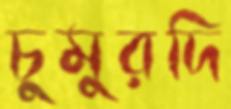
চুমুরদি